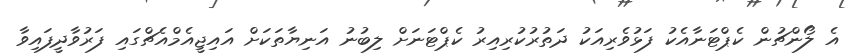
އެ ލޯންޗުން ކެޕްޓަނާއެކު ފަޅުވެރިއަކު ދަތުރުކުރިއިރު ކެޕްޓަނަށް ލިބުނު އަނިޔާތަކަށް އައިޖީއެމްއެޗްގައި ފަރުވާދީފައިވާ